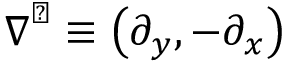
\boldsymbol { \nabla } ^ { \perp } \equiv \left( \partial _ { y } , - \partial _ { x } \right)